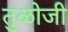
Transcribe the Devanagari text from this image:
तुळोजी